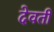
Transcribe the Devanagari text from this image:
देवती